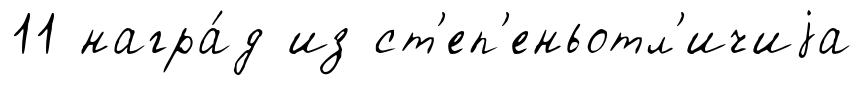
11 награ́д из ст'еп'еньотл'ичиjа